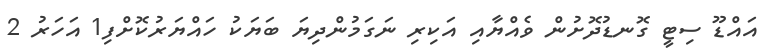
އައްޑޫ ސިޓީ ގޮނޑުދޮށުން ވެއްޔާއި އަކިރި ނަގަމުންދިޔަ ބަޔަކު ހައްޔަރުކޮށްފި1 އަހަރު 2